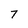
Character: 7